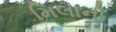
મિલાનો